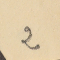
2